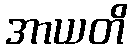
အာယတိ